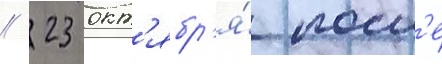
// 23 окт'ябр'я́ посл'е